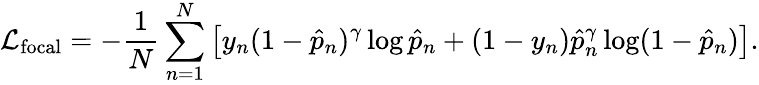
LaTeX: \mathcal{L}_{\mathrm{focal}}=-\frac{1}{N}\sum_{n=1}^{N}\left[y_{n}(1-\hat{p}_{n})^{\gamma}\log\hat{p}_{n}+(1-y_{n})\hat{p}_{n}^{\gamma}\log(1-\hat{p}_{n})\right].